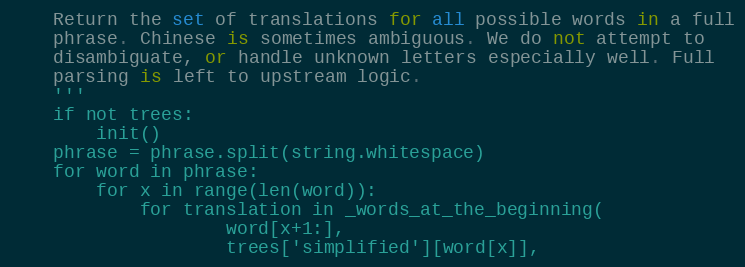
Language: Python
    Return the set of translations for all possible words in a full
    phrase. Chinese is sometimes ambiguous. We do not attempt to
    disambiguate, or handle unknown letters especially well. Full
    parsing is left to upstream logic.
    '''
    if not trees:
        init()
    phrase = phrase.split(string.whitespace)
    for word in phrase:
        for x in range(len(word)):
            for translation in _words_at_the_beginning(
                    word[x+1:],
                    trees['simplified'][word[x]],